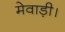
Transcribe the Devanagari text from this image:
मेवाड़ी।